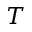
T